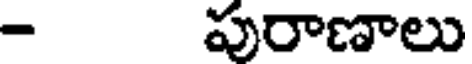
- పురాణాలు